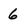
Character: 6